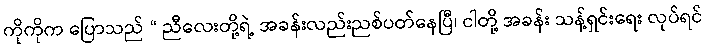
ကိုကိုက ပြောသည် “ ညီလေးတို့ရဲ့ အခန်းလည်းညစ်ပတ်နေပြီ၊ ငါတို့ အခန်း သန့်ရှင်းရေး လုပ်ရင်